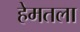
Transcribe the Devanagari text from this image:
हेमतला